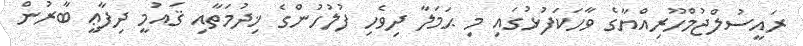
ރައީސުލްޖުމްހޫރިއްޔާގެ ވާހަކަފުޅުގައި މި ޙަމަލާ ދިވެހި ފުލުހުންގެ ޚިދުމަތާއި ޤައުމީ ދިފާޢީ ބާރުން